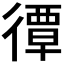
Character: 𢕯